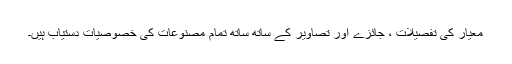
معیار کی تفصیلات ، جائزے اور تصاویر کے ساتھ ساتھ تمام مصنوعات کی خصوصیات دستیاب ہیں۔